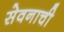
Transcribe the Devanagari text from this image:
सेवनाची